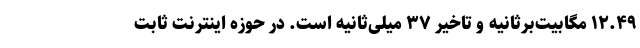
۱۲.۴۹ مگابیت‌برثانیه و تاخیر ۳۷ میلی‌ثانیه است. در حوزه اینترنت ثابت